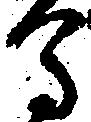
馬